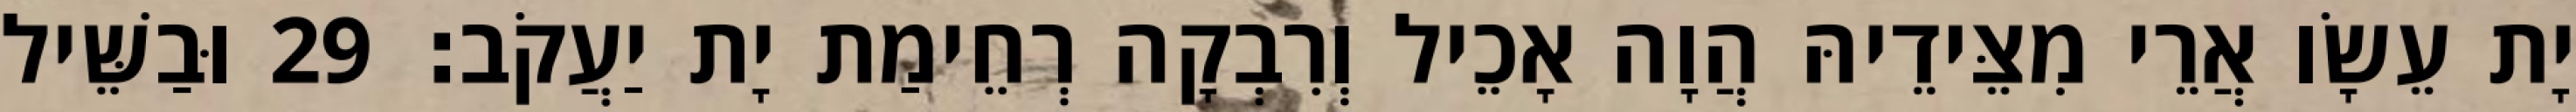
יָת עֵשָׂו אֲרֵי מִצֵּידֵיהּ הֲוָה אָכֵיל וְרִבְקָה רְחֵימַת יָת יַעֲקֹב׃ 29 וּבַשֵּׁיל